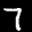
Label: 7